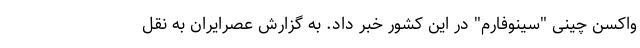
واکسن چینی "سینوفارم" در این کشور خبر داد. به گزارش عصرایران به نقل